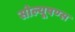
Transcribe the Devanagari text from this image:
सोल्यूषण्स